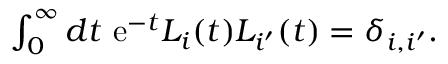
\begin{array} { r } { \int _ { 0 } ^ { \infty } d t \ \mathrm { e } ^ { - t } L _ { i } ( t ) L _ { i ^ { \prime } } ( t ) = \delta _ { i , i ^ { \prime } } . } \end{array}